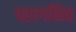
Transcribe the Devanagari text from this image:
परागनित